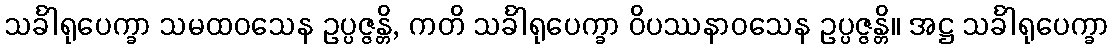
သင်္ခါရုပေက္ခာ သမထဝသေန ဥပ္ပဇ္ဇန္တိ, ကတိ သင်္ခါရုပေက္ခာ ဝိပဿနာဝသေန ဥပ္ပဇ္ဇန္တိ။ အဋ္ဌ သင်္ခါရုပေက္ခာ